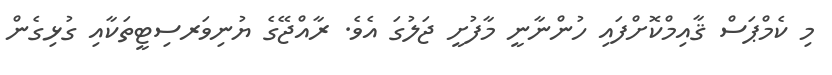
މި ކެމްޕަސް ޤާއިމްކޮށްފައި ހުންނާނީ މާފުށީ ޖަލުގަ އެވެ. ރާއްޖޭގެ ޔުނިވަރސިޓީތަކާއި ގުޅިގެން